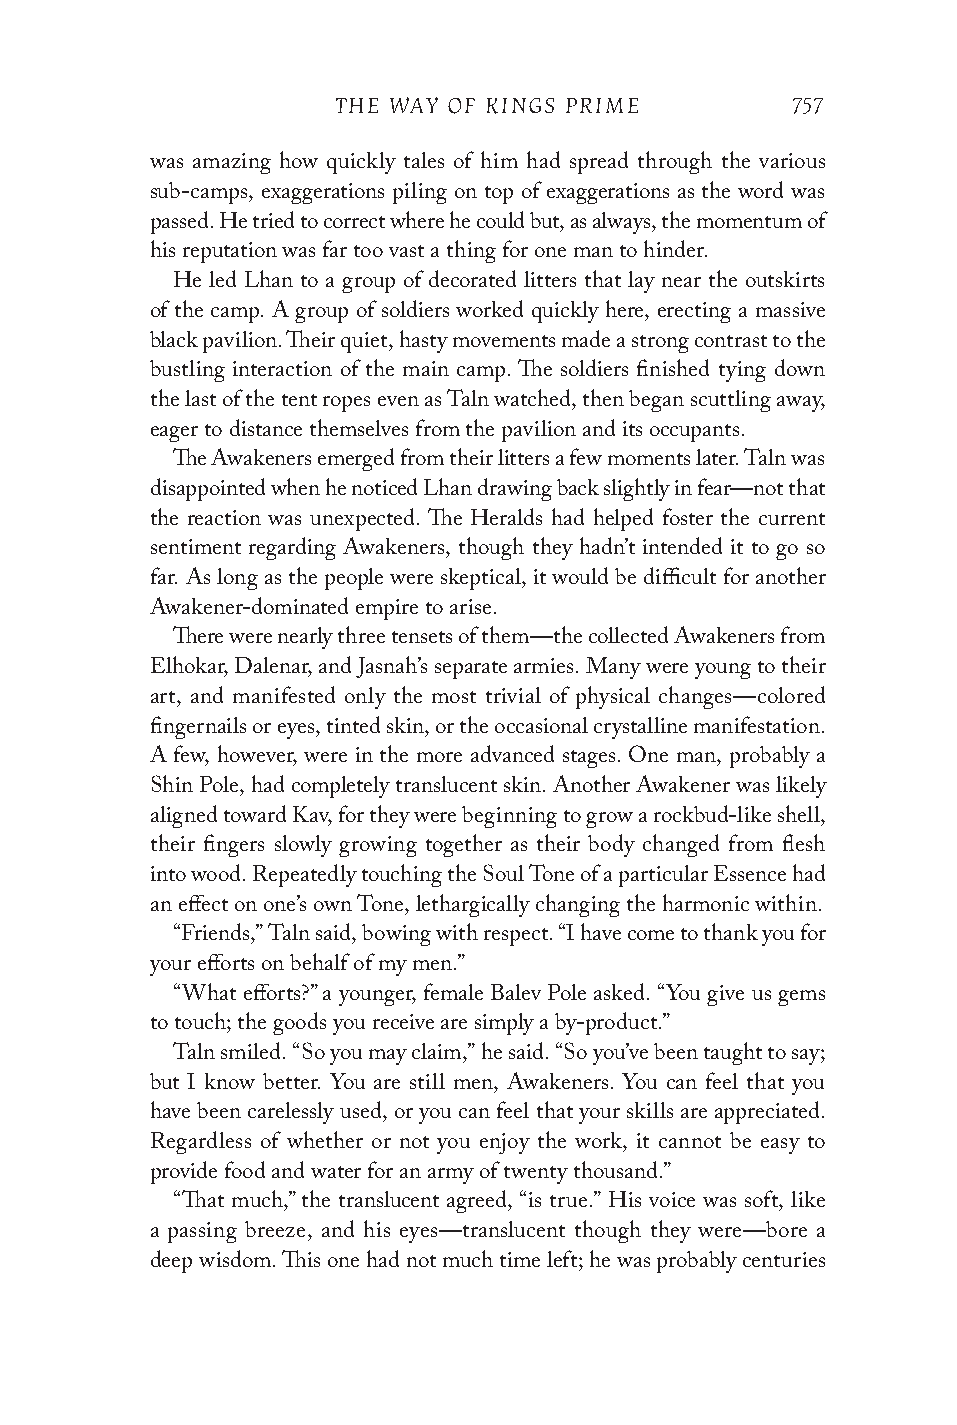
THE WAY OF KINGS PRIME        757
 was amazing how quickly tales of him had spread through the various
 sub-camps, exaggerations piling on top of exaggerations as the word was
 passed. He tried to correct where he could but, as always, the momentum of
 his reputation was far too vast a thing for one man to hinder.
 He led Lhan to a group of decorated litters that lay near the outskirts
 of the camp. A group of soldiers worked quickly here, erecting a massive
 black pavilion. Their quiet, hasty movements made a strong contrast to the
 bustling interaction of the main camp. The soldiers finished tying down
 the last of the tent ropes even as Taln watched, then began scuttling away,
 eager to distance themselves from the pavilion and its occupants.
 The Awakeners emerged from their litters a few moments later. Taln was
 disappointed when he noticed Lhan drawing back slightly in fear—not that
 the reaction was unexpected. The Heralds had helped foster the current
 sentiment regarding Awakeners, though they hadn’t intended it to go so
 far. As long as the people were skeptical, it would be difficult for another
 Awakener-dominated empire to arise.
 There were nearly three tensets of them—the collected Awakeners from
 Elhokar, Dalenar, and Jasnah’s separate armies. Many were young to their
 art, and manifested only the most trivial of physical changes—colored
 finger nails or eyes, tinted skin, or the occasional crystalline manifestation.
 A few, however, were in the more advanced stages. One man, probably a
 Shin Pole, had completely translucent skin. Another Awakener was likely
 aligned toward Kav, for they were beginning to grow a rockbud-like shell,
 their fingers slowly growing together as their body changed from flesh
 into wood. Repeatedly touching the Soul Tone of a particular Essence had
 an effect on one’s own Tone, lethargically changing the harmonic within.
 “Friends,” Taln said, bowing with respect. “I have come to thank you for
 your efforts on behalf of my men.”
 “What efforts?” a younger, female Balev Pole asked. “You give us gems
 to touch; the goods you receive are simply a by-product.”
 Taln smiled. “So you may claim,” he said. “So you’ve been taught to say;
 but I know better. You are still men, Awakeners. You can feel that you
 have been carelessly used, or you can feel that your skills are appreciated.
 Regardless of whether or not you enjoy the work, it cannot be easy to
 provide food and water for an army of twenty thousand.”
 “That much,” the translucent agreed, “is true.” His voice was soft, like
 a passing breeze, and his eyes—translucent though they were—bore a
 deep wisdom. This one had not much time left; he was probably centuries